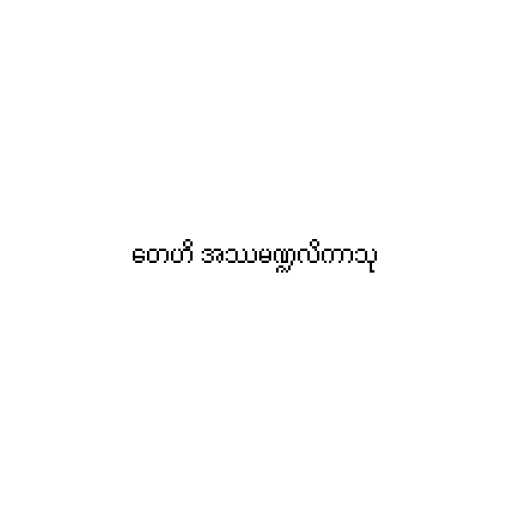
တေဟိ အဿမဏ္ဍလိကာသု